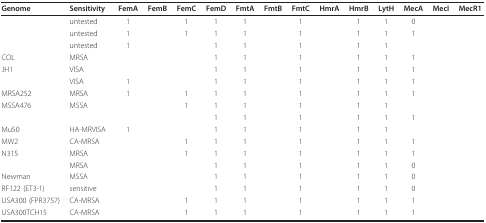
<table><thead><tr><td><b>Genome</b></td><td><b>Sensitivity</b></td><td><b>FemA</b></td><td><b>FemB</b></td><td><b>FemC</b></td><td><b>FemD</b></td><td><b>FmtA</b></td><td><b>FmtB</b></td><td><b>FmtC</b></td><td><b>HmrA</b></td><td><b>HmrB</b></td><td><b>LytH</b></td><td><b>MecA</b></td><td><b>MecI</b></td><td><b>MecR1</b></td></tr></thead><tbody><tr><td>[EMPTY_CELL]</td><td>untested</td><td>1</td><td>[EMPTY_CELL]</td><td>1</td><td>1</td><td>1</td><td>[EMPTY_CELL]</td><td>1</td><td>[EMPTY_CELL]</td><td>1</td><td>1</td><td>0</td><td>[EMPTY_CELL]</td><td>[EMPTY_CELL]</td></tr><tr><td>[EMPTY_CELL]</td><td>untested</td><td>1</td><td>[EMPTY_CELL]</td><td>1</td><td>1</td><td>1</td><td>[EMPTY_CELL]</td><td>1</td><td>[EMPTY_CELL]</td><td>1</td><td>1</td><td>1</td><td>[EMPTY_CELL]</td><td>[EMPTY_CELL]</td></tr><tr><td>[EMPTY_CELL]</td><td>untested</td><td>1</td><td>[EMPTY_CELL]</td><td>[EMPTY_CELL]</td><td>1</td><td>1</td><td>[EMPTY_CELL]</td><td>1</td><td>[EMPTY_CELL]</td><td>1</td><td>1</td><td>[EMPTY_CELL]</td><td>[EMPTY_CELL]</td><td>[EMPTY_CELL]</td></tr><tr><td>COL</td><td>MRSA</td><td>[EMPTY_CELL]</td><td>[EMPTY_CELL]</td><td>[EMPTY_CELL]</td><td>1</td><td>1</td><td>[EMPTY_CELL]</td><td>1</td><td>[EMPTY_CELL]</td><td>1</td><td>1</td><td>1</td><td>[EMPTY_CELL]</td><td>[EMPTY_CELL]</td></tr><tr><td>JH1</td><td>VISA</td><td>[EMPTY_CELL]</td><td>[EMPTY_CELL]</td><td>[EMPTY_CELL]</td><td>1</td><td>1</td><td>[EMPTY_CELL]</td><td>1</td><td>[EMPTY_CELL]</td><td>1</td><td>1</td><td>1</td><td>[EMPTY_CELL]</td><td>[EMPTY_CELL]</td></tr><tr><td>[EMPTY_CELL]</td><td>VISA</td><td>1</td><td>[EMPTY_CELL]</td><td>[EMPTY_CELL]</td><td>1</td><td>1</td><td>[EMPTY_CELL]</td><td>1</td><td>[EMPTY_CELL]</td><td>1</td><td>1</td><td>1</td><td>[EMPTY_CELL]</td><td>[EMPTY_CELL]</td></tr><tr><td>MRSA252</td><td>MRSA</td><td>1</td><td>[EMPTY_CELL]</td><td>1</td><td>1</td><td>1</td><td>[EMPTY_CELL]</td><td>1</td><td>[EMPTY_CELL]</td><td>1</td><td>1</td><td>1</td><td>[EMPTY_CELL]</td><td>[EMPTY_CELL]</td></tr><tr><td>MSSA476</td><td>MSSA</td><td>[EMPTY_CELL]</td><td>[EMPTY_CELL]</td><td>1</td><td>1</td><td>1</td><td>[EMPTY_CELL]</td><td>1</td><td>[EMPTY_CELL]</td><td>1</td><td>1</td><td>[EMPTY_CELL]</td><td>[EMPTY_CELL]</td><td>[EMPTY_CELL]</td></tr><tr><td>[EMPTY_CELL]</td><td>[EMPTY_CELL]</td><td>[EMPTY_CELL]</td><td>[EMPTY_CELL]</td><td>[EMPTY_CELL]</td><td>1</td><td>1</td><td>[EMPTY_CELL]</td><td>1</td><td>[EMPTY_CELL]</td><td>1</td><td>1</td><td>1</td><td>[EMPTY_CELL]</td><td>[EMPTY_CELL]</td></tr><tr><td>Mu50</td><td>HA-MRVISA</td><td>1</td><td>[EMPTY_CELL]</td><td>[EMPTY_CELL]</td><td>1</td><td>1</td><td>[EMPTY_CELL]</td><td>1</td><td>[EMPTY_CELL]</td><td>1</td><td>1</td><td>[EMPTY_CELL]</td><td>[EMPTY_CELL]</td><td>[EMPTY_CELL]</td></tr><tr><td>MW2</td><td>CA-MRSA</td><td>[EMPTY_CELL]</td><td>[EMPTY_CELL]</td><td>1</td><td>1</td><td>1</td><td>[EMPTY_CELL]</td><td>1</td><td>[EMPTY_CELL]</td><td>1</td><td>1</td><td>1</td><td>[EMPTY_CELL]</td><td>[EMPTY_CELL]</td></tr><tr><td>N315</td><td>MRSA</td><td>[EMPTY_CELL]</td><td>[EMPTY_CELL]</td><td>1</td><td>1</td><td>1</td><td>[EMPTY_CELL]</td><td>1</td><td>[EMPTY_CELL]</td><td>1</td><td>1</td><td>1</td><td>[EMPTY_CELL]</td><td>[EMPTY_CELL]</td></tr><tr><td>[EMPTY_CELL]</td><td>MRSA</td><td>[EMPTY_CELL]</td><td>[EMPTY_CELL]</td><td>[EMPTY_CELL]</td><td>1</td><td>1</td><td>[EMPTY_CELL]</td><td>1</td><td>[EMPTY_CELL]</td><td>1</td><td>1</td><td>0</td><td>[EMPTY_CELL]</td><td>[EMPTY_CELL]</td></tr><tr><td>Newman</td><td>MSSA</td><td>[EMPTY_CELL]</td><td>[EMPTY_CELL]</td><td>[EMPTY_CELL]</td><td>1</td><td>1</td><td>[EMPTY_CELL]</td><td>1</td><td>[EMPTY_CELL]</td><td>1</td><td>1</td><td>0</td><td>[EMPTY_CELL]</td><td>[EMPTY_CELL]</td></tr><tr><td>RF122 (ET3-1)</td><td>sensitive</td><td>[EMPTY_CELL]</td><td>[EMPTY_CELL]</td><td>[EMPTY_CELL]</td><td>1</td><td>1</td><td>[EMPTY_CELL]</td><td>1</td><td>[EMPTY_CELL]</td><td>1</td><td>1</td><td>0</td><td>[EMPTY_CELL]</td><td>[EMPTY_CELL]</td></tr><tr><td>USA300 (FPR3757)</td><td>CA-MRSA</td><td>[EMPTY_CELL]</td><td>[EMPTY_CELL]</td><td>1</td><td>1</td><td>1</td><td>[EMPTY_CELL]</td><td>1</td><td>[EMPTY_CELL]</td><td>1</td><td>1</td><td>1</td><td>[EMPTY_CELL]</td><td>[EMPTY_CELL]</td></tr><tr><td>USA300TCH15</td><td>CA-MRSA</td><td>[EMPTY_CELL]</td><td>[EMPTY_CELL]</td><td>1</td><td>1</td><td>1</td><td>[EMPTY_CELL]</td><td>1</td><td>[EMPTY_CELL]</td><td>1</td><td>1</td><td>1</td><td>[EMPTY_CELL]</td><td>[EMPTY_CELL]</td></tr></tbody></table>